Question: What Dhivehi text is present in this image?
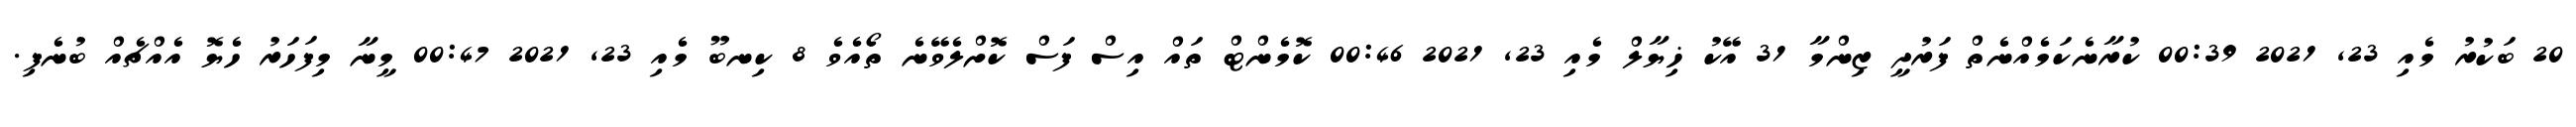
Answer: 20 ބަކުރު މެއި 23, 2021 00:39 ކުރާނެކަމެއްނެތް ފަރުދީ ޒިންމާ 31 އޭކު ޚިޔާލް މެއި 23, 2021 00:46 ކޮމެންޓް ތައް އިސް ފަސް ކޮށްލެވޭނެ ތޯއެވެ 8 ކިނބޫ މެއި 23, 2021 00:47 މީނާ މިފަހަރު ހެޔޮ އެއްޗެއް ބުނެފި.